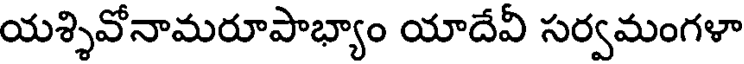
యశ్శివోనామరూపాభ్యాం యాదేవీ సర్వమంగళా